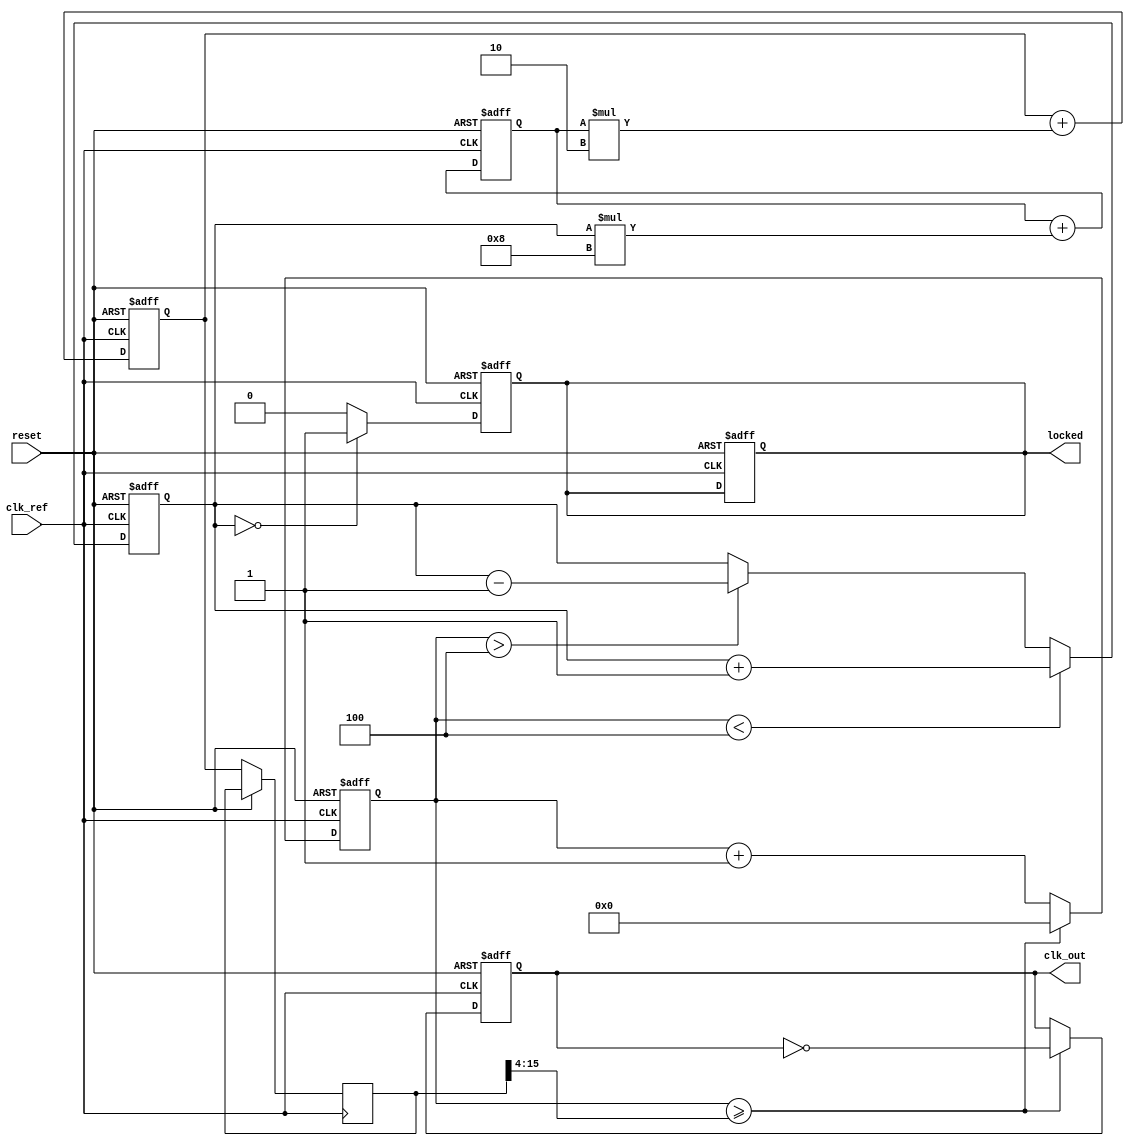
module DualLoopPLL (
    input wire clk_ref,           // Reference clock input
    input wire reset,             // Asynchronous reset
    output reg clk_out,           // Output clock
    output reg locked             // Lock status
);

    // Parameters
    parameter N = 4;              // Feedback divider ratio
    parameter INNER_LOOP_GAIN = 8; // Gain for inner loop filter
    parameter OUTER_LOOP_GAIN = 2; // Gain for outer loop filter

    // Internal signals
    reg [7:0] phase_error;        // Phase error signal
    reg [15:0] inner_loop_output; // Output of inner loop filter
    reg [15:0] outer_loop_output; // Output of outer loop filter
    reg [15:0] vco_control;       // Control voltage for VCO
    reg [3:0] vco_count;          // VCO counter
    reg [15:0] feedback;          // Feedback signal from VCO

    // Phase Detector (PD)
    always @(posedge clk_ref or posedge reset) begin
        if (reset) begin
            phase_error <= 0;
        end else begin
            // Simple phase detection logic (rising edge detection)
            if (vco_count < N) begin
                phase_error <= phase_error + 1; // VCO is lagging
            end else if (vco_count > N) begin
                phase_error <= phase_error - 1; // VCO is leading
            end
        end
    end

    // Inner Loop Filter
    always @(posedge clk_ref or posedge reset) begin
        if (reset) begin
            inner_loop_output <= 0;
        end else begin
            inner_loop_output <= inner_loop_output + (phase_error * INNER_LOOP_GAIN);
        end
    end

    // Outer Loop Filter
    always @(posedge clk_ref or posedge reset) begin
        if (reset) begin
            outer_loop_output <= 0;
        end else begin
            outer_loop_output <= outer_loop_output + (inner_loop_output * OUTER_LOOP_GAIN);
        end
    end

    // Voltage-Controlled Oscillator (VCO)
    always @(posedge clk_ref or posedge reset) begin
        if (reset) begin
            vco_count <= 0;
            clk_out <= 0;
            locked <= 0;
        end else begin
            vco_control <= outer_loop_output; // Control voltage
            // Simple VCO model (frequency controlled by vco_control)
            if (vco_count >= (vco_control >> 4)) begin
                clk_out <= ~clk_out; // Toggle output clock
                vco_count <= 0;
            end else begin
                vco_count <= vco_count + 1;
            end
        end
    end

    // Feedback Divider
    always @(posedge clk_out or posedge reset) begin
        if (reset) begin
            feedback <= 0;
        end else begin
            feedback <= feedback + 1;
        end
    end

    // Lock detection logic
    always @(posedge clk_ref or posedge reset) begin
        if (reset) begin
            locked <= 0;
        end else begin
            // Simple lock detection based on phase error
            if (phase_error == 0) begin
                locked <= 1; // Locked when phase error is zero
            end else begin
                locked <= 0;
            end
        end
    end

endmodule